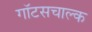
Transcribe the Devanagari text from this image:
गॉटसचाल्क